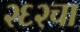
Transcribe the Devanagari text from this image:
२६२चा